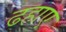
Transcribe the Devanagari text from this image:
ढहाए